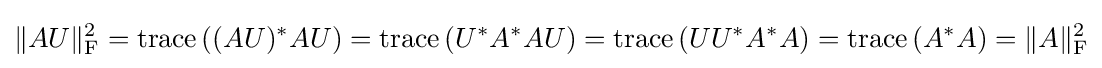
\|AU\|_{\text{F}}^{2}=\operatorname {trace} \left((AU)^{*}AU\right)=\operatorname {trace} \left(U^{*}A^{*}AU\right)=\operatorname {trace} \left(UU^{*}A^{*}A\right)=\operatorname {trace} \left(A^{*}A\right)=\|A\|_{\text{F}}^{2}